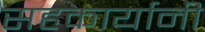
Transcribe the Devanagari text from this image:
सहकार्यानी